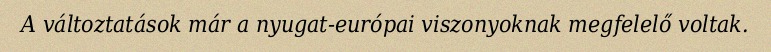
A változtatások már a nyugat-európai viszonyoknak megfelelő voltak.